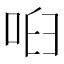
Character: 𠲼